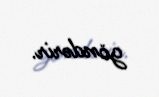
göndərir.